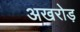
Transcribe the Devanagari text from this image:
अखरोड़